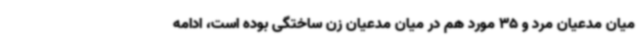
میان مدعیان مرد و 35 مورد هم در میان مدعیان زن ساختگی بوده است، ادامه